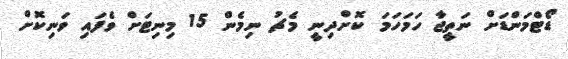
ޑޯޓްމަންޑަށް ނަތީޖާ ހަމަހަމަ ކޮށްދިނީ މެޗު ނިމެން 15 މިނިޓަށް ވެފައި ވަނިކޮށް